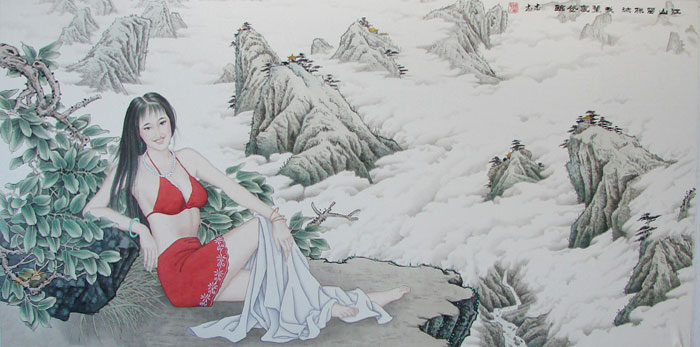
江山留胜迹，我辈复登临。